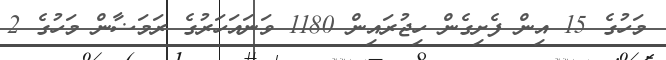
މަހުގެ 15 އިން ފެށިގެން ހިޖުރައިން 1180 ވަނައަހަރުގެ ރަމަޟާން މަހުގެ 2